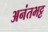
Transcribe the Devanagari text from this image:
अनंतभट्ट